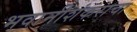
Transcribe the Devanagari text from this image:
भवानीशंकराचा